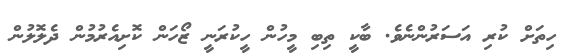
ހިތަށް ކުރި އަސަރުންނެވެ. ބާކީ ތިބި މީހުން ހީކުރަނީ ޒޯހަން ކޮށިއެރުމުން ދެލޮލުން